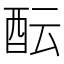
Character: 酝